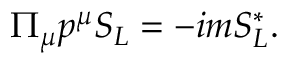
\Pi _ { \mu } p ^ { \mu } S _ { L } = - i m S _ { L } ^ { * } .